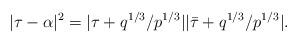
LaTeX: \begin{align*}|\tau-\alpha|^2=|\tau+q^{1/3}/p^{1/3}||\Bar{\tau}+q^{1/3}/p^{1/3}|.\end{align*}